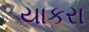
યાકરા